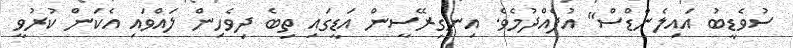
ސުވެޑީބު އައިލެންޑްސް" އުފެއްދުމެވެ. އިނގިރޭސީން އަޑީގައި ތިބެ ދިވެހިން ލައްވައި އެކަން ކުރުވީ